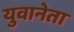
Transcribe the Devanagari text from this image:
युवानेता